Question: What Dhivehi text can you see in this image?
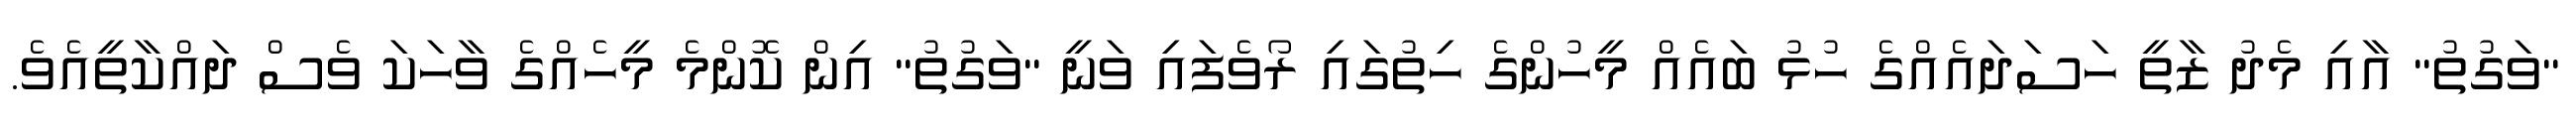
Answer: "ވަގުތު" އާއި މެދު ޒާތީ ހަސަދައެއްގެ ހުޅު ބައެއް މީހުންގެ ހިތުގައި ރޯވެފައި ވަނީ "ވަގުތު" އިން ކޮންމެ މީހެއްގެ ވާހަކަ ވެސް ދައްކާތީއެވެ.